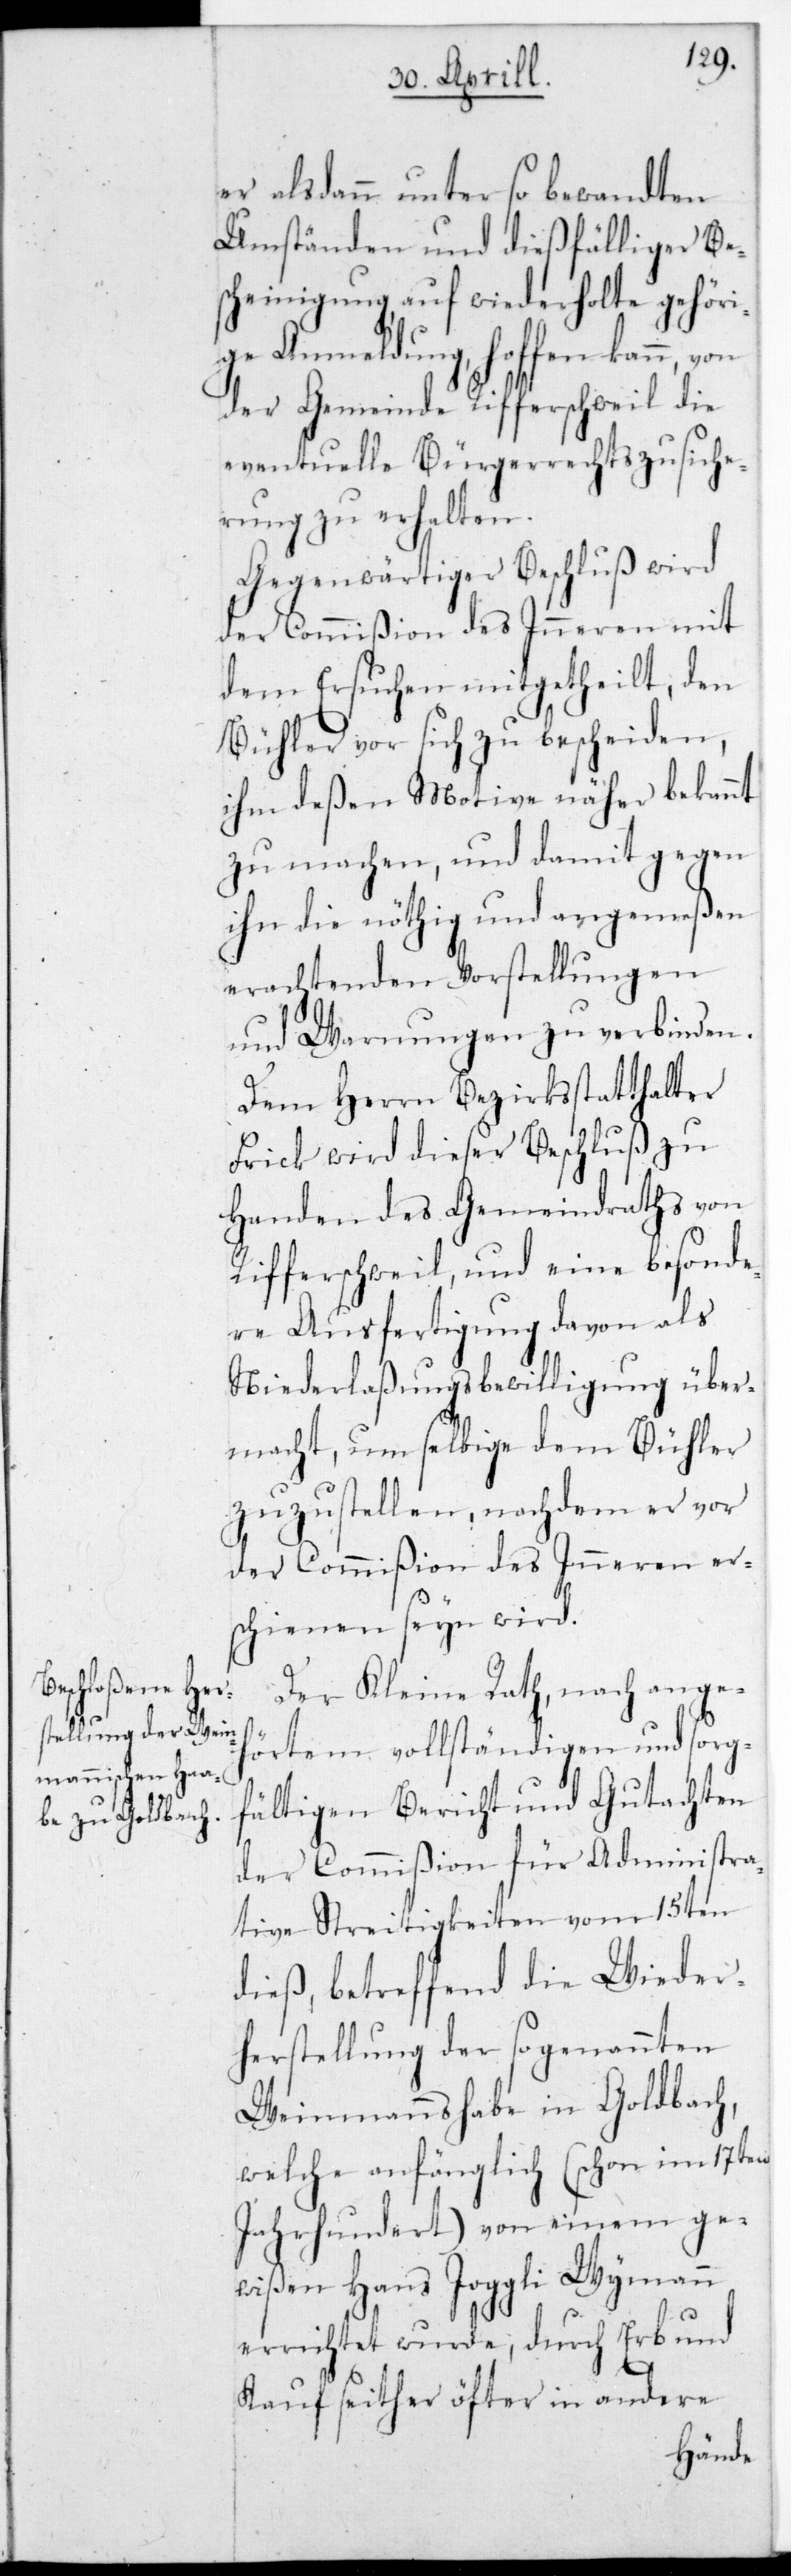
er alsdann unter so bewandten
Umständen und dießfälliger Bes¬
cheinigung auf wiederholte gehöri¬
ge Anmeldung hoffen kann,
der Gemeinde Rifferschweil die
eventuelle Bürgerrechtszusiche¬
rung zu erhalten.
Gegenwärtiger Beschluß wird
der Commißion des Inneren mit
dem Ersuchen mitgetheilt, den
Bühler vor sich zu bescheiden,
ihm deßen Motive näher bekannt
zu machen, und damit gegen
ihn die nöthig und angemeßen
erachtenden Vorstellungen
und Warnungen zu verbinden.
Dem Herrn Bezirksstatthalter
Frick wird dieser Beschluß zu
Handen des Gemeindraths von
Rifferschweil, und eine besonde¬
re Ausfertigung davon als
Niederlaßungsbewilligung über¬
macht, um selbige dem Bühler
zuzustellen, nachdem er vor
der Commißion des Inneren er¬
schienen sein wird.
Der Kleine Rath, nach ange¬
hörtem vollständigen und sorg¬
fältigen Bericht und Gutachten
der Commißion für administra¬
tive Streitigkeiten vom 15ten
dieß, betreffend die Wieder¬
herstellung der sogenannten
Weinmannshaabe in Goldbach,
welche anfänglich (schon im 17ten
Jahrhundert) von einem ge¬
wißen Hans Joggli Wymann
errichtet wurde, durch Erb und
Kauf seither öfter in andere